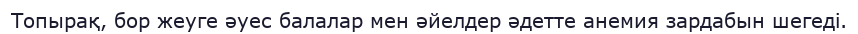
Топырақ, бор жеуге әуес балалар мен әйелдер әдетте анемия зардабын шегеді.